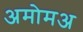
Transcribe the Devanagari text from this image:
अमोमअ